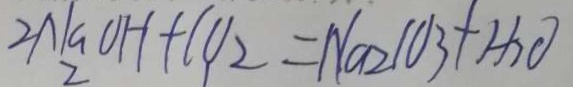
2 N a O H + C O _ { 2 } = N a _ { 2 } C O _ { 3 } + H _ { 2 } O